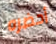
أحضره